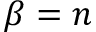
\beta = n